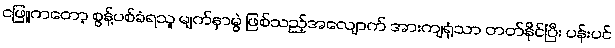
ငဖြူကတော့ စွန့်ပစ်ခံရသူ မျက်နှာမွဲ ဖြစ်သည့်အလျောက် အားကျရုံသာ တတ်နိုင်ပြီး ပန်းပင်